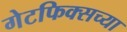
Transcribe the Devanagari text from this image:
गेटफिक्सच्या